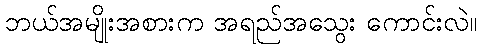
ဘယ်အမျိုးအစားက အရည်အသွေး ကောင်းလဲ။